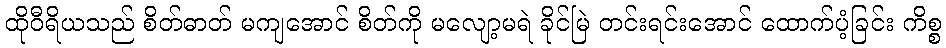
ထိုဝီရိယသည် စိတ်ဓာတ် မကျအောင် စိတ်ကို မလျော့မရဲ ခိုင်မြဲ တင်းရင်းအောင် ထောက်ပံ့ခြင်း ကိစ္စ